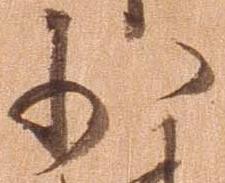
少